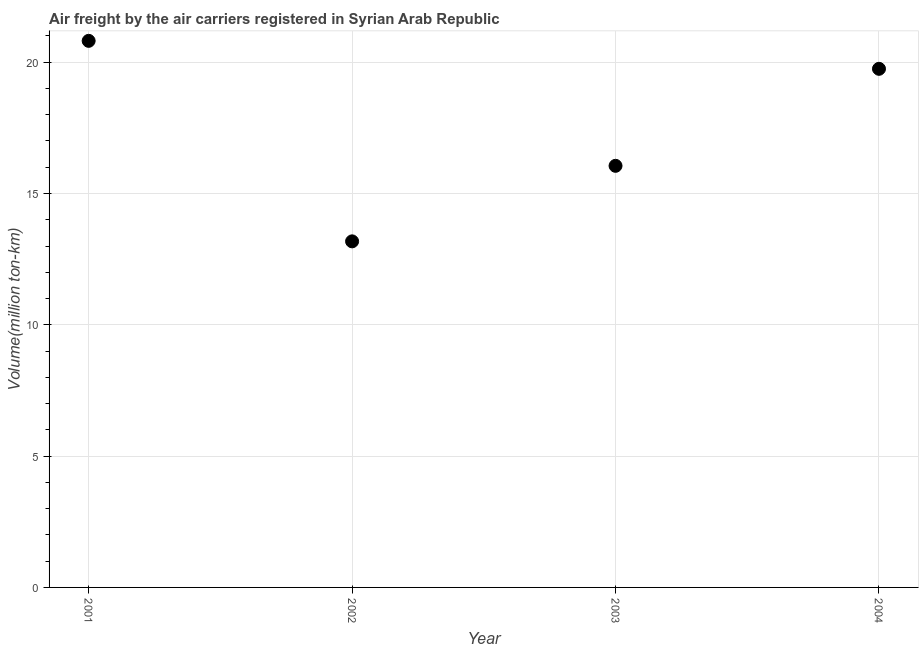
| Year | Air transport |
 | --- | --- |
 | 2001 | 20.8 |
 | 2002 | 13.2 |
 | 2003 | 16.1 |
 | 2004 | 19.7 |